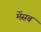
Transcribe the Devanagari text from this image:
मेंसब